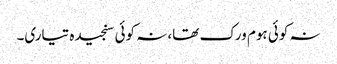
نہ کوئی ہوم ورک تھا، نہ کوئی سنجیدہ تیاری۔